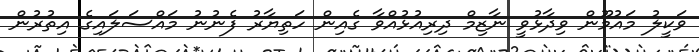
ވަކީލު މައުމޫން ވިދާޅުވީ ނާޒިމް ދިރިއުޅުއްވާ ގެއިން ހަތިޔާރު ފެނުނު މައްސަލައިގެ އިތުރުން